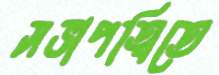
সভাপত্বিতে